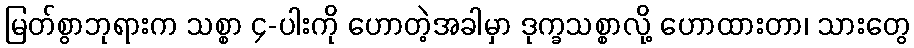
မြတ်စွာဘုရားက သစ္စာ ၄-ပါးကို ဟောတဲ့အခါမှာ ဒုက္ခသစ္စာလို့ ဟောထားတာ၊ သားတွေ